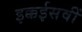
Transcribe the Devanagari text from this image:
इक्कईसवीं